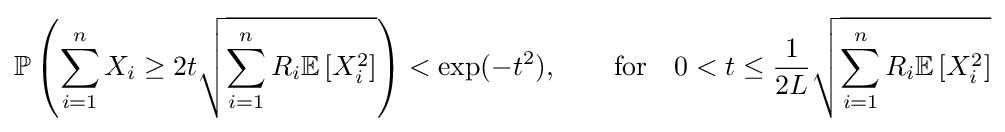
\mathbb {P} \left(\sum _{i=1}^{n}X_{i}\geq 2t{\sqrt {\sum _{i=1}^{n}R_{i}\mathbb {E} \left[X_{i}^{2}\right]}}\right)<\exp(-t^{2}),\qquad {\text{for}}\quad 0<t\leq {\frac {1}{2L}}{\sqrt {\sum _{i=1}^{n}R_{i}\mathbb {E} \left[X_{i}^{2}\right]}}